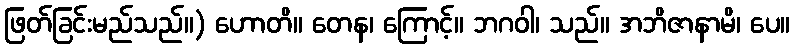
ဖြတ်ခြင်းမည်သည်။) ဟောတိ။ တေန၊ ကြောင့်။ ဘဂဝါ၊ သည်။ အဘိဇာနာမိ၊ ပေ။